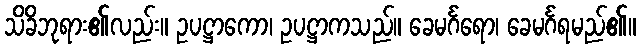
သိခိဘုရား၏လည်း။ ဥပဋ္ဌာကော၊ ဥပဋ္ဌာကသည်။ ခေမင်္ဂရော၊ ခေမင်္ဂရမည်၏။